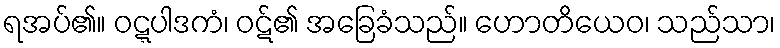
ရအပ်၏။ ဝဋ္ဋပါဒကံ၊ ဝဋ်၏ အခြေခံသည်။ ဟောတိယေဝ၊ သည်သာ၊